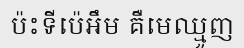
ប៉ះទីប៉េអឹម គឺមេឈ្មួញ